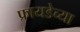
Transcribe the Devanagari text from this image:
फ्रायडेच्या